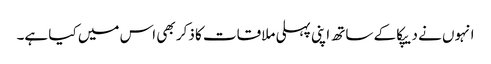
انہوں نے دیپکا کے ساتھ اپنی پہلی ملاقات کا ذکر بھی اس میں کیا ہے۔